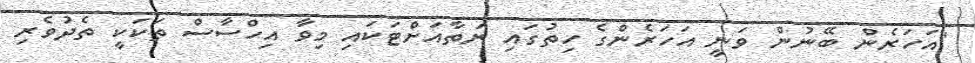
"އަހަރެން ބޭނުން ވަނީ އަހަރެންގެ ހިތުގައި ނަތާއަށްޓަކައި މިވާ އިހްސާސް ތަކަކީ ތެދުވެރި